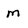
Character: m